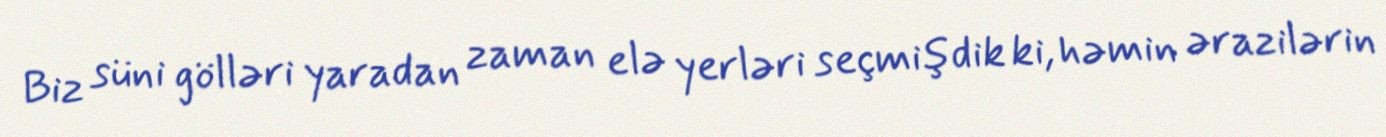
Biz süni gölləri yaradan zaman elə yerləri seçmişdik ki, həmin ərazilərin